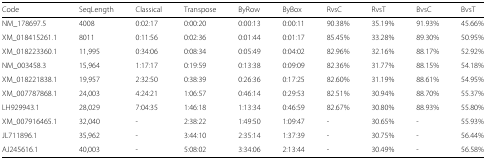
<table><thead><tr><td><b>Code</b></td><td><b>SeqLength</b></td><td><b>Classical</b></td><td><b>Transpose</b></td><td><b>ByRow</b></td><td><b>ByBox</b></td><td><b>RvsC</b></td><td><b>RvsT</b></td><td><b>BvsC</b></td><td><b>BvsT</b></td></tr></thead><tbody><tr><td>NM_178697.5</td><td>4008</td><td>0:02:17</td><td>0:00:20</td><td>0:00:13</td><td>0:00:11</td><td>90.38%</td><td>35.19%</td><td>91.93%</td><td>45.66%</td></tr><tr><td>XM_018415261.1</td><td>8011</td><td>0:11:56</td><td>0:02:36</td><td>0:01:44</td><td>0:01:17</td><td>85.45%</td><td>33.28%</td><td>89.30%</td><td>50.95%</td></tr><tr><td>XM_018223360.1</td><td>11,995</td><td>0:34:06</td><td>0:08:34</td><td>0:05:49</td><td>0:04:02</td><td>82.96%</td><td>32.16%</td><td>88.17%</td><td>52.92%</td></tr><tr><td>NM_003458.3</td><td>15,964</td><td>1:17:17</td><td>0:19:59</td><td>0:13:38</td><td>0:09:09</td><td>82.36%</td><td>31.77%</td><td>88.15%</td><td>54.18%</td></tr><tr><td>XM_018221838.1</td><td>19,957</td><td>2:32:50</td><td>0:38:39</td><td>0:26:36</td><td>0:17:25</td><td>82.60%</td><td>31.19%</td><td>88.61%</td><td>54.95%</td></tr><tr><td>XM_007787868.1</td><td>24,003</td><td>4:24:21</td><td>1:06:57</td><td>0:46:14</td><td>0:29:53</td><td>82.51%</td><td>30.94%</td><td>88.70%</td><td>55.37%</td></tr><tr><td>LH929943.1</td><td>28,029</td><td>7:04:35</td><td>1:46:18</td><td>1:13:34</td><td>0:46:59</td><td>82.67%</td><td>30.80%</td><td>88.93%</td><td>55.80%</td></tr><tr><td>XM_007916465.1</td><td>32,040</td><td>-</td><td>2:38:22</td><td>1:49:50</td><td>1:09:47</td><td>-</td><td>30.65%</td><td>-</td><td>55.93%</td></tr><tr><td>JL711896.1</td><td>35,962</td><td>-</td><td>3:44:10</td><td>2:35:14</td><td>1:37:39</td><td>-</td><td>30.75%</td><td>-</td><td>56.44%</td></tr><tr><td>AJ245616.1</td><td>40,003</td><td>-</td><td>5:08:02</td><td>3:34:06</td><td>2:13:44</td><td>-</td><td>30.49%</td><td>-</td><td>56.58%</td></tr></tbody></table>